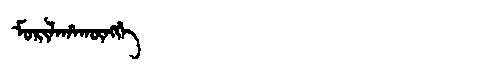
Manchu: ᠮᠣᡵᡳᠯᠠᡥᠠᡴᡡᠩᡤᡝ
Romanization: MORILAHAKŪNGGE